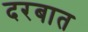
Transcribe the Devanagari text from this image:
दरबात